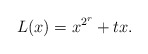
\begin{align*}L(x)=x^{2^r}+tx.\end{align*}